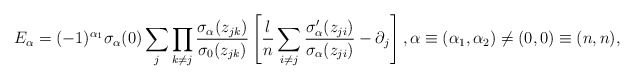
\begin{align*}E_{\alpha} = (-1)^{\alpha_1}\sigma_{\alpha}(0)\sum_j\prod_{k \neq j}\frac{\sigma_{\alpha}(z_{jk})}{\sigma_0(z_{jk})}\left [ \frac{l}{n}\sum_{i \neq j}\frac{\sigma_{\alpha}^\prime(z_{ji})}{\sigma_{\alpha}(z_{ji})} - \partial_j \right ],\alpha \equiv (\alpha_1, \alpha_2) \neq (0, 0) \equiv (n, n),\end{align*}